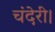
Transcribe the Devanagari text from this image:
चंदेरी।